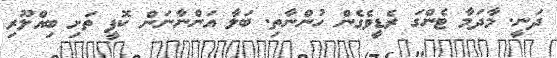
ދަނީ. މާދަމާ ޓެންގަ ރެޑީވެގެން ހުންނާތި. ބަލާ އަންނާނަން ކޮފީ ތަށި ބިއްލޫރި